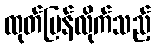
ထုတ်ပြန်လိုက်သည့်